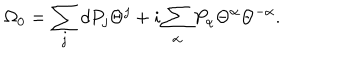
\Omega _ { 0 } = \sum _ { j } d P _ { j } \Theta ^ { j } + i \sum _ { \alpha } P _ { \alpha } \Theta ^ { \alpha } \Theta ^ { - \alpha } .